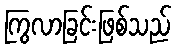
ကြွလာခြင်းဖြစ်သည်